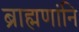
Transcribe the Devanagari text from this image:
ब्राह्मणांनि